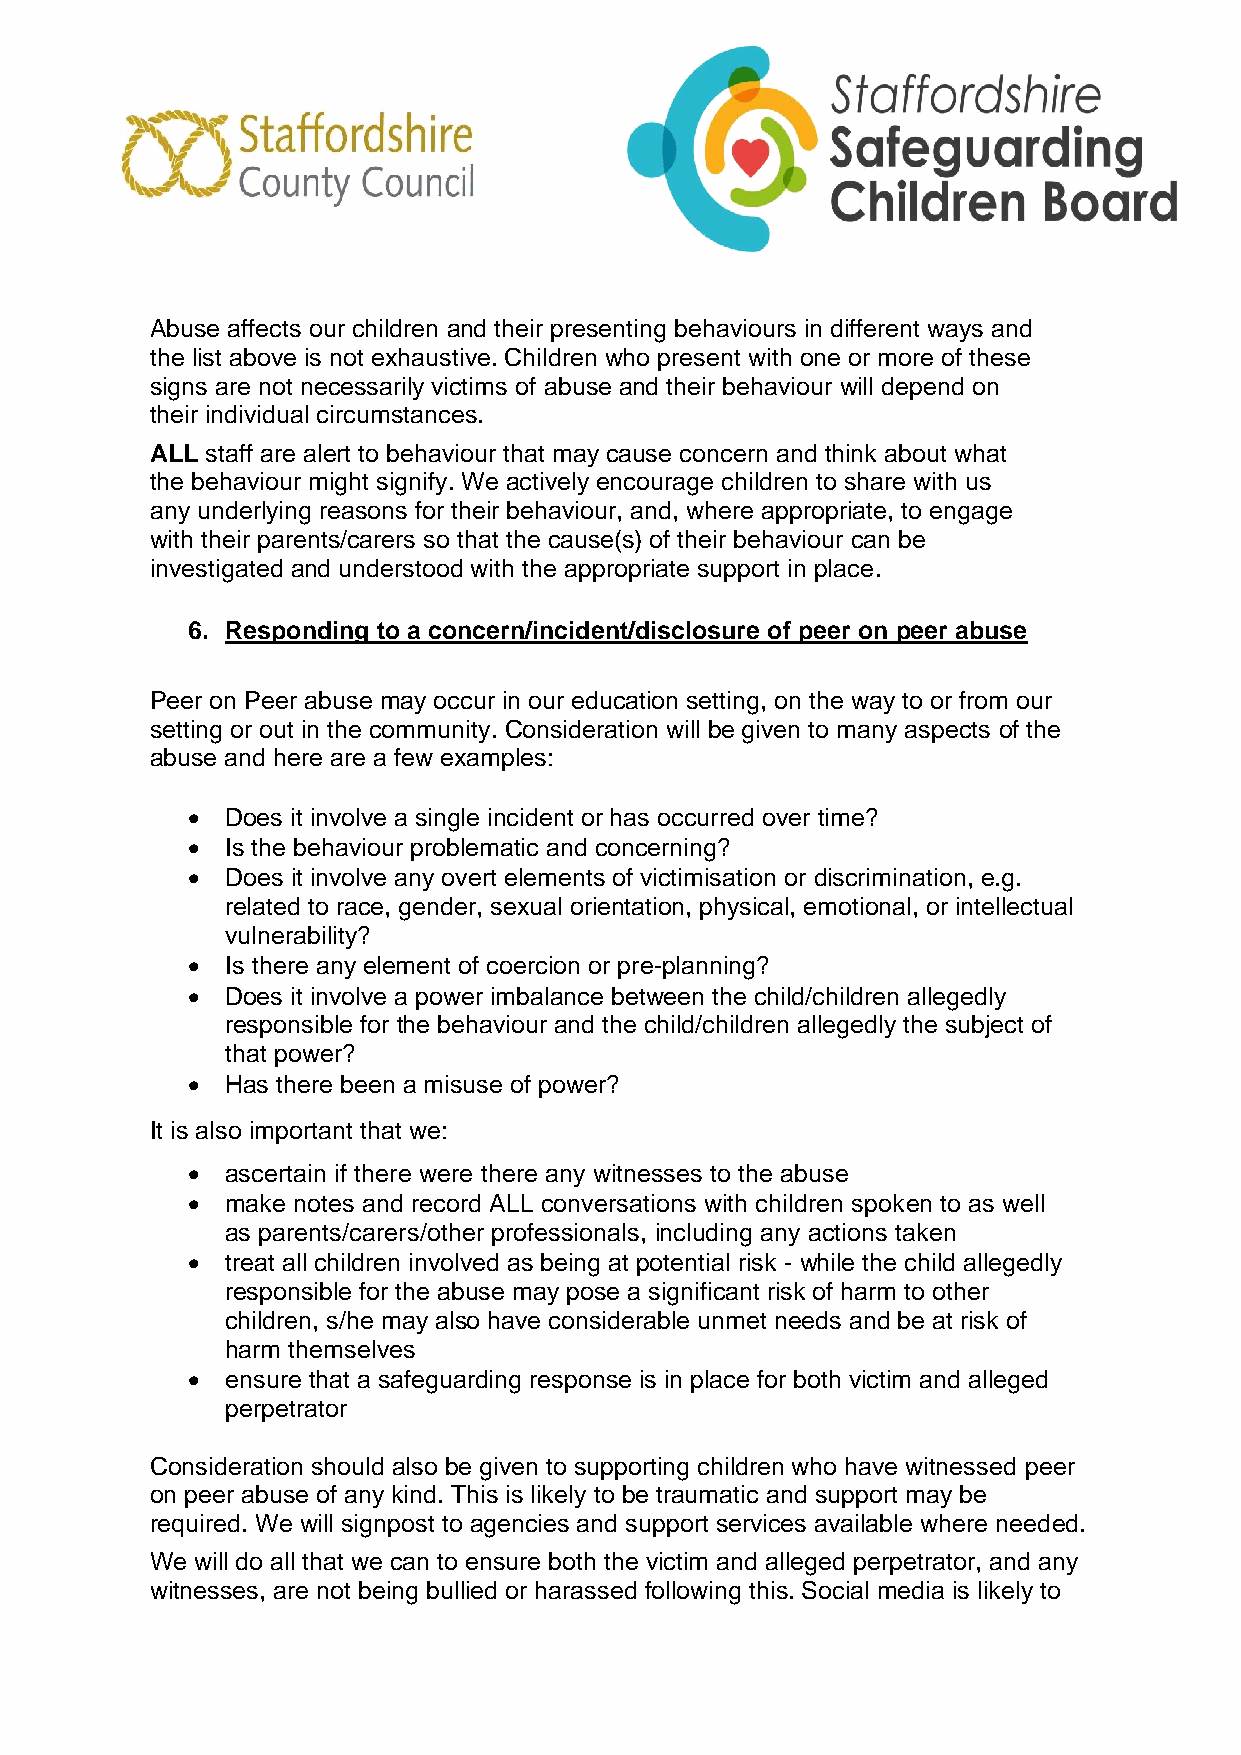
Abuse affects our children and their presenting behaviours in different ways and
 the list above is not exhaustive. Children who present with one or more of these
 signs are not necessarily victims of abuse and their behaviour will depend on
 their individual circumstances.
 ALL staff are alert to behaviour that may cause concern and think about what
 the behaviour might signify. We actively encourage children to share with us
 any underlying reasons for their behaviour, and, where appropriate, to engage
 with their parents/carers so that the cause(s) of their behaviour can be
 investigated and understood with the appropriate support in place.
 6. Responding to a concern/incident/disclosure of peer on peer abuse
 Peer on Peer abuse may occur in our education setting, on the way to or from our
 setting or out in the community. Consideration will be given to many aspects of the
 abuse and here are a few examples:
   Does it involve a single incident or has occurred over time?
   Is the behaviour problematic and concerning?
   Does it involve any overt elements of victimisation or discrimination, e.g.
 related to race, gender, sexual orientation, physical, emotional, or intellectual
 vulnerability?
   Is there any element of coercion or pre-planning?
   Does it involve a power imbalance between the child/children allegedly
 responsible for the behaviour and the child/children allegedly the subject of
 that power?
   Has there been a misuse of power?
 It is also important that we:
   ascertain if there were there any witnesses to the abuse
   make notes and record ALL conversations with children spoken to as well
 as parents/carers/other professionals, including any actions taken
   treat all children involved as being at potential risk - while the child allegedly
 responsible for the abuse may pose a significant risk of harm to other
 children, s/he may also have considerable unmet needs and be at risk of
 harm themselves
   ensure that a safeguarding response is in place for both victim and alleged
 perpetrator
 Consideration should also be given to supporting children who have witnessed peer
 on peer abuse of any kind. This is likely to be traumatic and support may be
 required. We will signpost to agencies and support services available where needed.
 We will do all that we can to ensure both the victim and alleged perpetrator, and any
 witnesses, are not being bullied or harassed following this. Social media is likely to